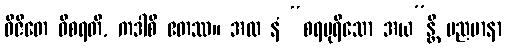
ဝိဇိတေ ဝိစရတိ, ကဒါစိ ဧတဿ။ အထ နံ “စရပုရိသော အယ”န္တိ မညမာနာ